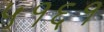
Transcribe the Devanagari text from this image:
५१६१